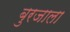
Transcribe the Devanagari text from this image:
बुरजाला